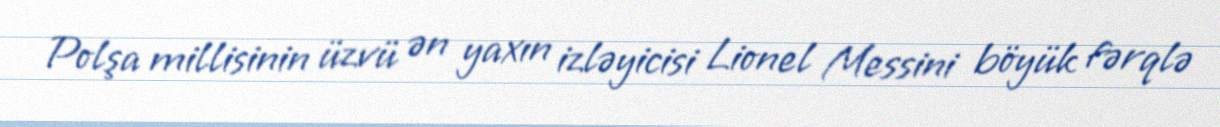
Polşa millisinin üzvü ən yaxın izləyicisi Lionel Messini böyük fərqlə